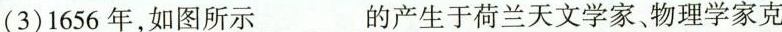
(3)1656年，如图所示___的产生于荷兰天文学家、物理学家克